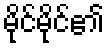
မိုင်မိုင်၏